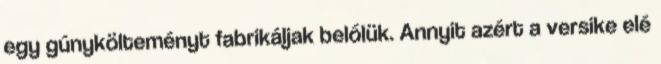
egy gúnykölte­ményt fabrikáljak belőlük. Annyit azért a versike elé